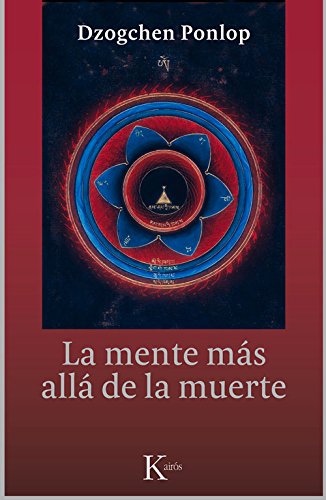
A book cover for La mente mÃ¡s allÃ¡ de la muerte (Spanish Edition); Dzogchen Ponlop; Religion & Spirituality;